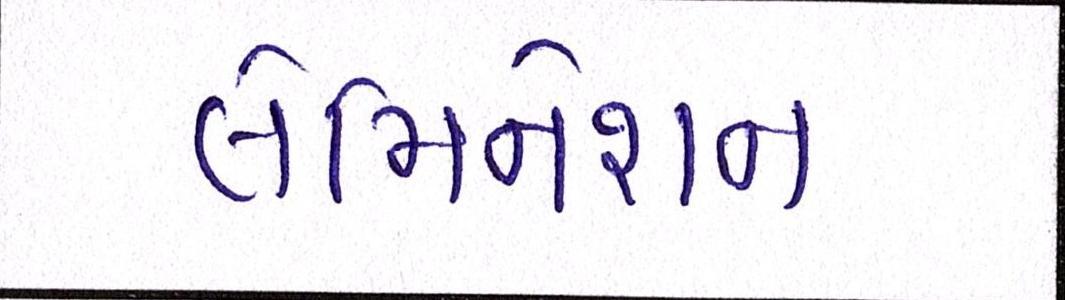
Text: લેમિનેશન